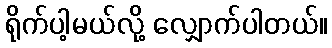
ရိုက်ပါ့မယ်လို့ လျှောက်ပါတယ်။